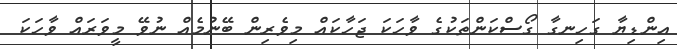
އިންޑިޔާ ގަހިނގާ ގޯސްކަންތަކުގެ ވާހަކަ ޖަހާކައް މިވެރިން ބޭނުމެއް ނުވޭ މީވަރައް ވާހަކަ